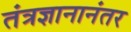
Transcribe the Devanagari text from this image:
तंत्रज्ञानानंतर